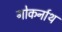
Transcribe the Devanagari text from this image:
गोकर्नाथ